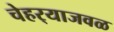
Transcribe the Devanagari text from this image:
चेहर्‍याजवळ